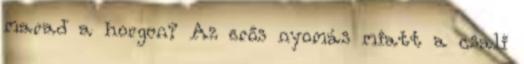
marad a horgon? Az erős nyomás miatt a csali